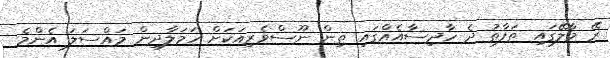
ރޭ މާލޭގައި ތަފާތު ދެ ހާދިސާއެއްގައި ތިން ނޫސްވެރިއަކަށް ހަމަލާދިން މައްސަލަ އެެންމެ